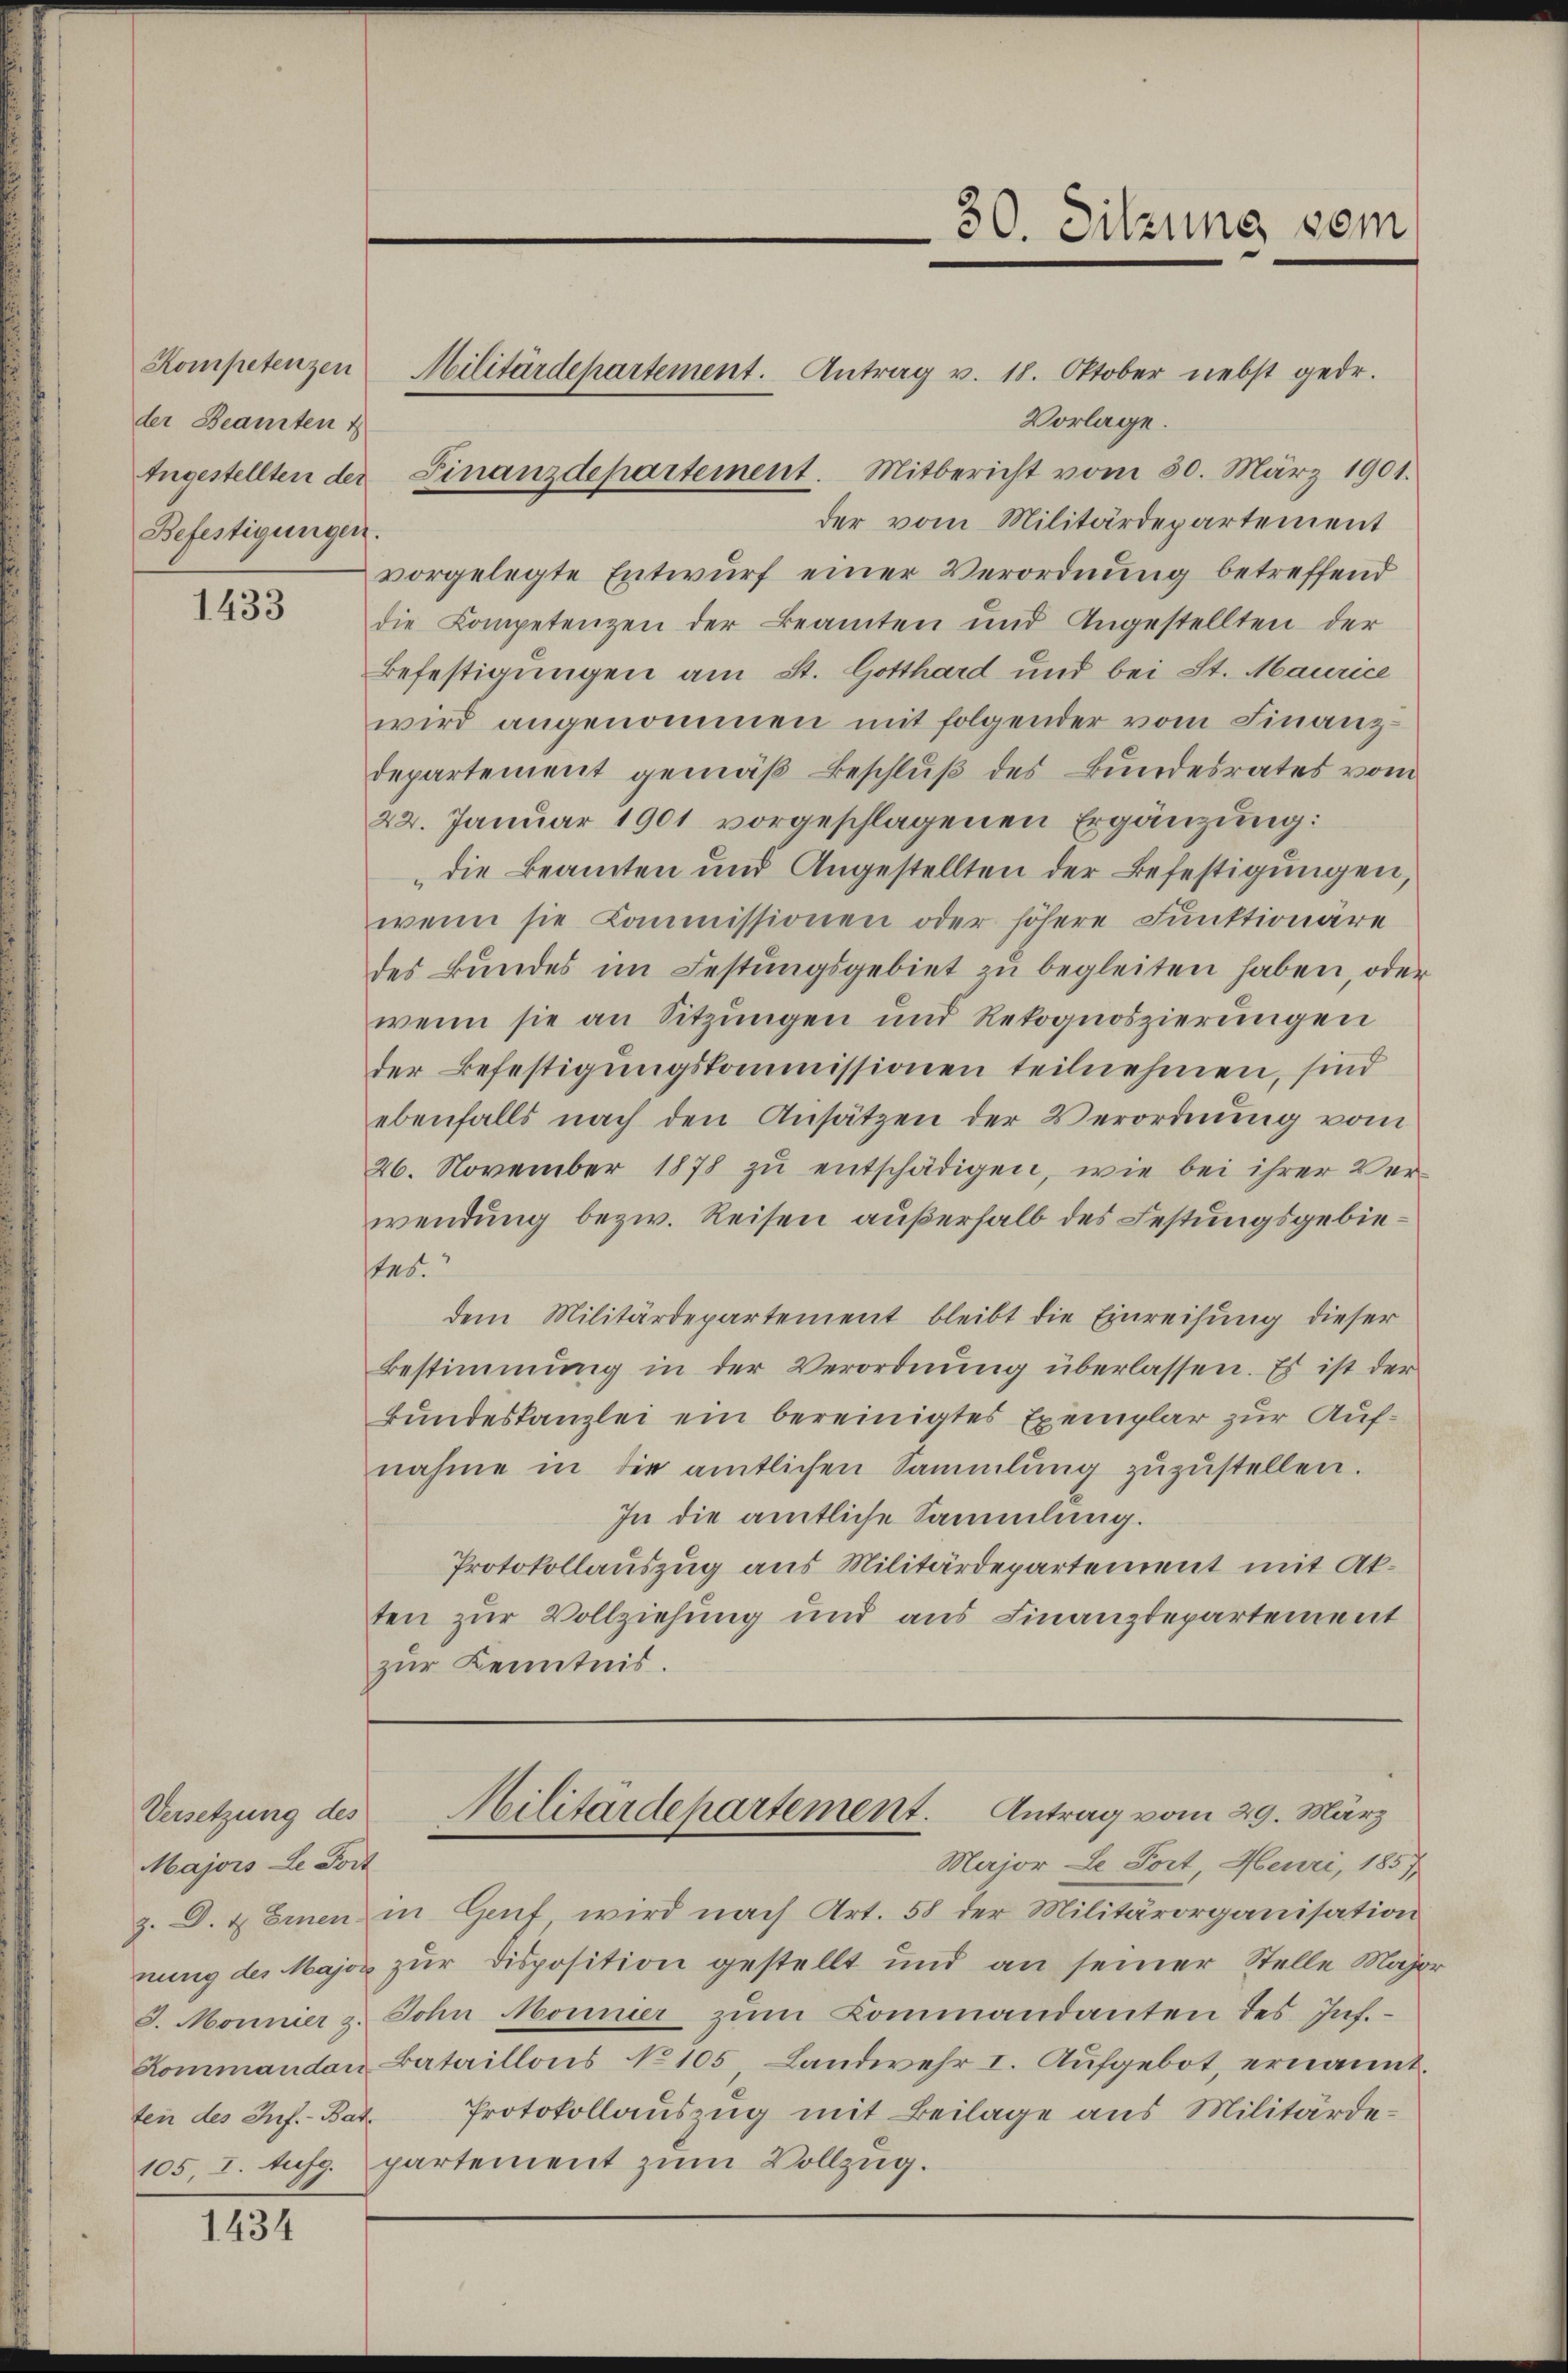
Kompetenzen
der Beamten 4
Befestigungen.

1433

Versetzung des
Majors Le Fort
ten des Inf.- Bat

1434

Militärdepartement. Antrag v. 18. Oktober nebst gedr.
Vorlage.
Angestellten der Finanzdepartement. Mitbericht vom 30. März 1901.
der vom Militärdepartement
vorgelegte Entwurf einer Verordnung betreffend
die Kompetenzen der Beamten und Angestellten der
Befestigungen am St. Gotthard und bei St. Maurice
wird angenommen mit folgender vom Finanz-
departement gemäß Beschluß des Bundesrates vom
22. Januar 1901 vorgeschlagenen Ergänzung:
die Beamten und Angestellten der Befestigungen,
wenn sie Kommissionen oder höhere Funktionäre
des Bundes im Festungsgebiet zu begleiten haben, oder
wenn sie an Sitzungen und Rekognoszierungen
der Befestigungskommissionen teilnehmen, sind
ebenfalls nach den Ansätzen der Verordnung vom
26. November 1878 zŭ entschädigen, wie bei ihrer Ver-
wendung bezw. Reisen außerhalb des Festungsgebietas.
dem Militärdepartement bleibt die Einreihung dieser
Bestimmung in der Verordnŭng überlassen. Es ist der
Bundeskanzlei ein bereinigtes Exemplar zur Aufnahme in die amtlichen Sammlung zŭzŭstellen.
In die amtliche Sammlung.
Protokollauszug aus Militärdepartement mit Akten zur Vollziehung und aus Finanzdepartement
zur Kenntnis.

z. D. & Einen in Genf wird nach Art. 58 der Militärorganisation
nung des Major zur Disposition gestellt und an seiner Stelle Major
J. Monnier z. John Monnier zŭm Kommandanten des Inf.-
Kommanden Bataillons No 105, Landwehr I. Aufgebot, ernannt.
Protokollauszug mit Beilage aus Militärde¬
105, I. Aufg. partement zum Vollzug.

30. Sitzung vom

Militärdepartement. Antrag vom 29. März
Major Le Fort, Heuri, 1857